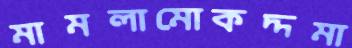
মামলামোকদ্দমা